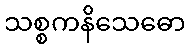
သစ္စကနိသေဓော